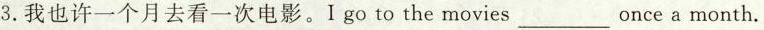
3.我也许一个月去看一次电影。Igo to the movies_________once a month.